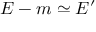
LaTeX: E - m \simeq E ^ { \prime }